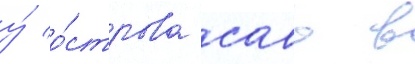
у́ о́строва саво в